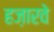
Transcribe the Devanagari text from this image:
हज़ारवे